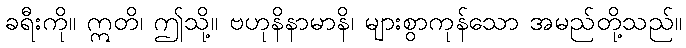
ခရီးကို။ ဣတိ၊ ဤသို့။ ဗဟုနိနာမာနိ၊ များစွာကုန်သော အမည်တို့သည်။